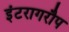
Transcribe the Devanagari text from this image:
इंटरागरौप